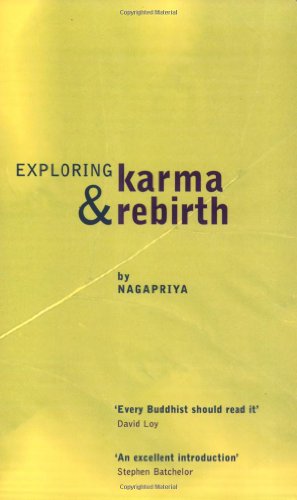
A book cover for Exploring Karma & Rebirth; Nagapriya; Religion & Spirituality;